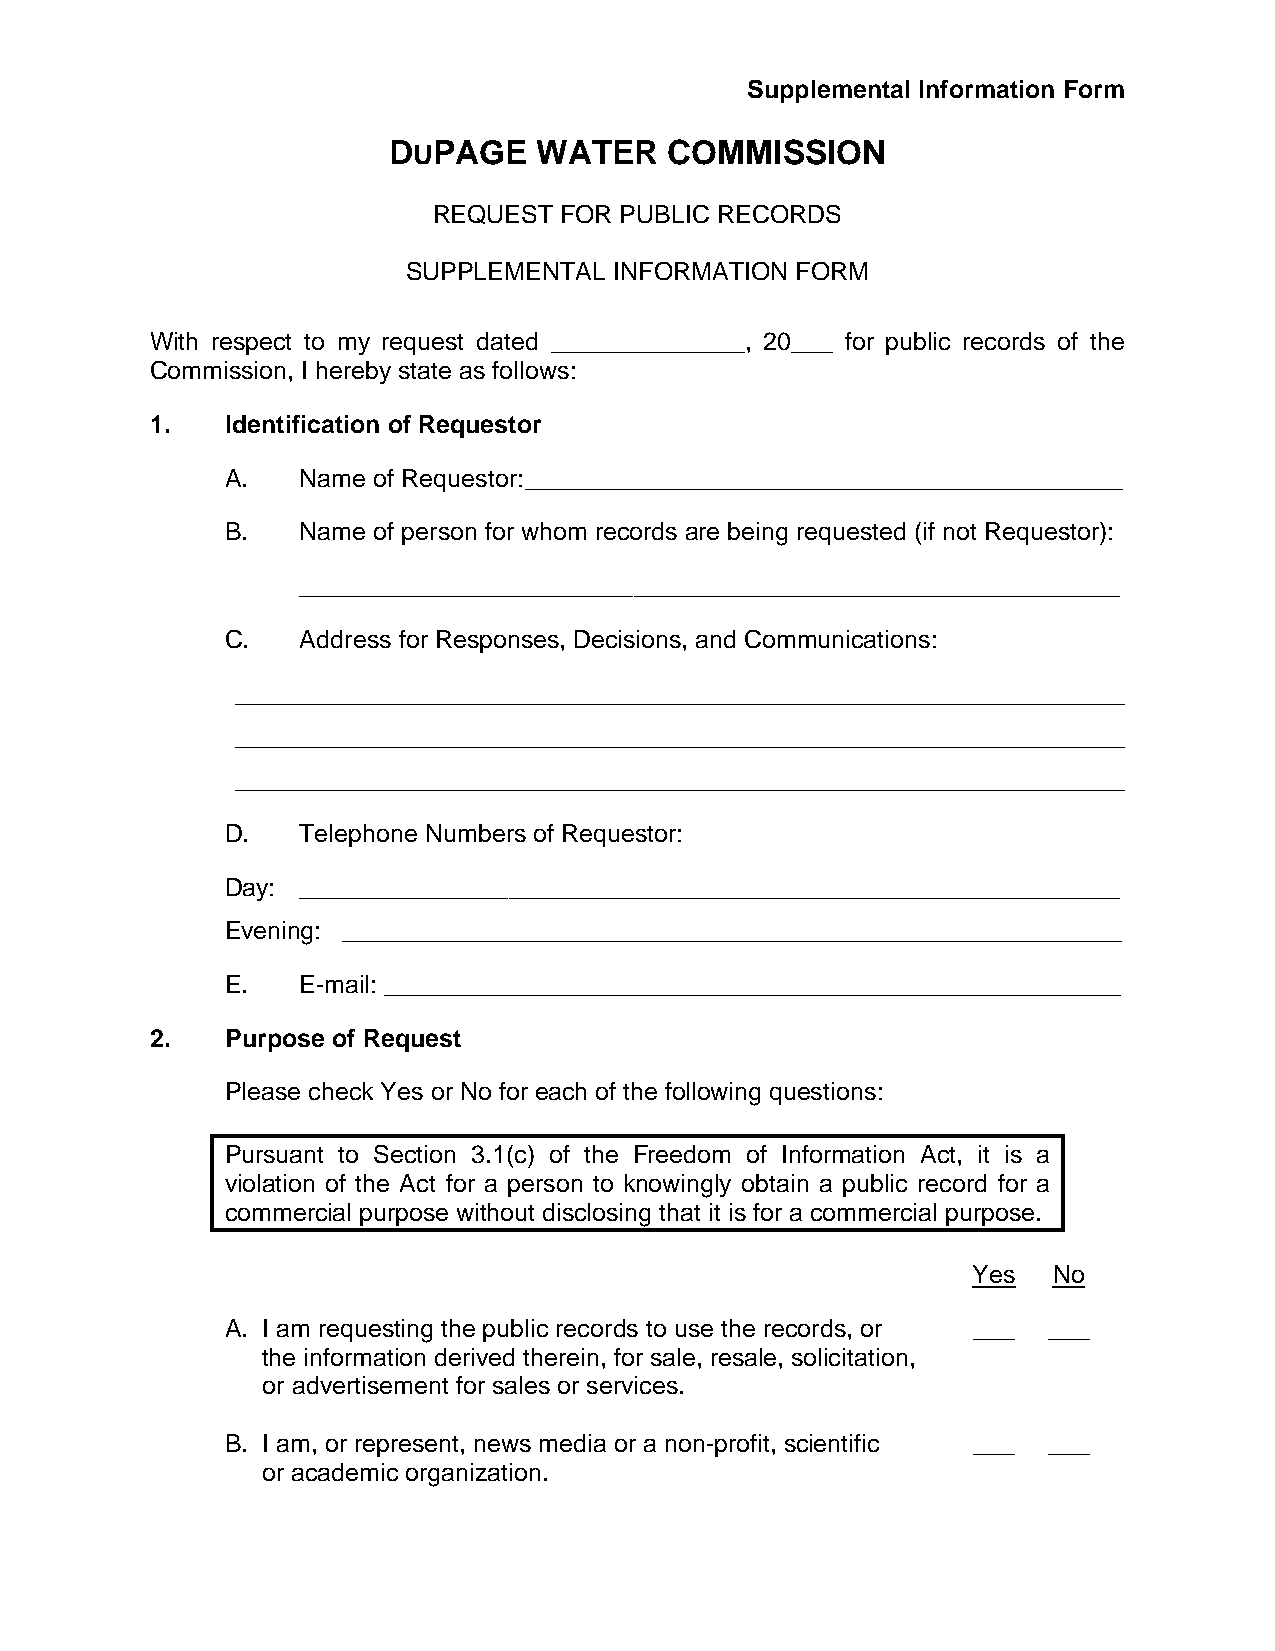
Supplemental Information Form
 DUPAGE    WATER   COMMISSION
 REQUEST FOR PUBLIC RECORDS
 SUPPLEMENTAL  INFORMATION FORM
 With respect to my request dated ______________, 20___ for public records of the
 Commission, I hereby state as follows:
 1.   Identification of Requestor
 A.   Name of Requestor: ___________________________________________
 B.   Name of person for whom records are being requested (if not Requestor):
 ___________________________________________________________
 C.   Address for Responses, Decisions, and Communications:
 ________________________________________________________________
 ________________________________________________________________
 ________________________________________________________________
 D.   Telephone Numbers of Requestor:
 Day: ___________________________________________________________
 Evening: ________________________________________________________
 E.   E-mail: _____________________________________________________
 2.   Purpose of Request
 Please check Yes or No for each of the following questions:
 Pursuant to Section 3.1(c) of the Freedom of Information Act, it is a
 violation of the Act for a person to knowingly obtain a public record for a
 commercial purpose without disclosing that it is for a commercial purpose.
 Yes   No
 A. I am requesting the public records to use the records, or ___ ___
 the information derived therein, for sale, resale, solicitation,
 or advertisement for sales or services.
 B. I am, or represent, news media or a non-profit, scientific ___ ___
 or academic organization.